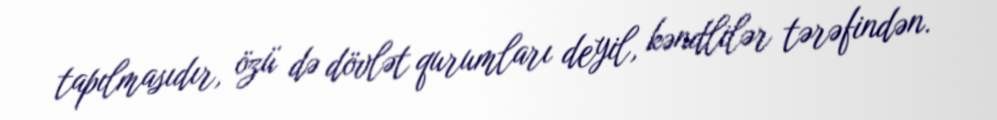
tapılmasıdır, özü də dövlət qurumları deyil, kəndlilər tərəfindən.